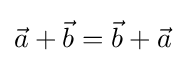
{\vec {a}}+{\vec {b}}={\vec {b}}+{\vec {a}}